Papers set at the Examination for Leaving Certificates, 1889
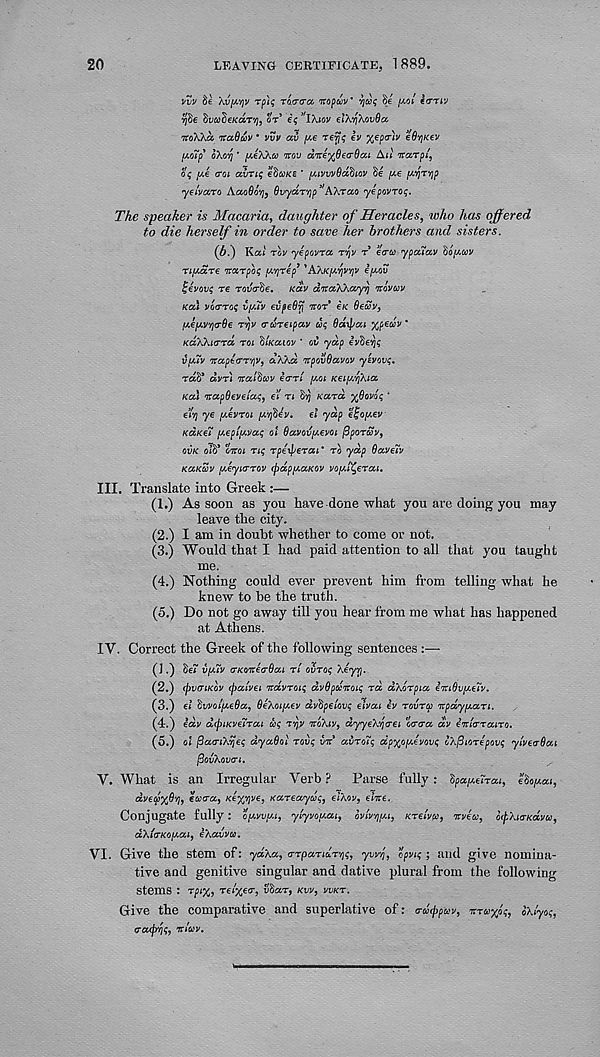
20
LEAVING CERTIFICATE, 1889.
vvv
\v[A.v)v rph; roctra Tropaiv’ Y]a<; he fiot €<TTIV
Yjhe hvaSexaT'/), or e$ 3 'lXiov elKYjKovOcc
TToXXa 'Ttaduv * vvv av pe rer^q ev %€p<T)v eOvjKev
fioTp* 0X007 ’ /x-eXXw vrov aTtey^Oea-Sai Au TtaTpi',
oq pe MI avnq ehcoKt * [MvvvBdhiov Se /xe ^ryjp
yei'vccro AaoSoy, Ovydryp
31 kXraa yepovroq.
The speaker is Macaria, daughter of Heracles, who has offered
to die herself in order to save her brothers and sisters.
(b.) Kai rov yepovrcc ryv r ecru ypdictv hopav
TifAare nocrpoq ^rep 1 'AX/c/xo^v e/xou
Iqevovq re rov<rhe. KCLV aTraWayr} irovav
KOU vocrroq vfiv evpeOvj TTOT* €K Bewv,
[A€[/.v'/)<T6e TY}V (rureipav uq Odypcci xpeuv *
KaWia-rd roi hiKaLov * ov yap ivhevjq
v/xiv ivctptcrT'/jV, aXXoc npovOavov yevovq.
raS* dvr) nodhcov icrri [AQI Kety^Xia
KCU itctpOeveiaq, el n So) Kara yfiovoq *
6107 ye i^evroi [Ayhdv. et ydp eljofAev
KdKei peptfAvaq ol OavovfAevoi flporuv,
OVK oTS* CITTOI nq rpeiperai ‘ TO ydp SaveTv
KaKcov [/.eyiirrov (pappaKov vofAi^erai.
III. Translate into Greek :—
(1.) As soon as you have done what you are doing you may
leave the city.
(2.) I am in doubt whether to come or not.
(3.) Would that I had paid attention to all that you taught
me.
(4.) Nothing could ever prevent him from telling what he
knew to be the truth.
(5.) Do not go away till you hear from me what has happened
at Athens.
IV. Correct the Greek of the following sentences :—
(].) Se? vfATv cTKQitecrOai ri ovroq Xeyvj.
(2.) (pvcriKov (palvei navroiq dvOpanoiq ra dXorpia eitiOv^elv.
(3.) el hwol^eBa, BeXoipev dvhpelovq elvai ev rovrcc 'irpay/jiari.
(4.) eav dfpiKveirai &<; Tfjv TTOXIV, ayyeXyirei 6o*<ra av iitlaraiTo.
(5.) ol fiao-i/.vleq dyaSol roi); in avToiq ay/yjyJvov^ G\(3IOT€pov$ yivetrOai
fiov'kovai.
V. What is an Irregular Verb?
Parse fully: 'Spay.uTai, eioyat,
dve<jlx6‘/i, eoiaa, Keffive, KaTeayciq, eiXov, fciVe.
Conjugate fully: opvv/u, ylyvoyai, ivlvriyi, KTelvfo, ocvea, otf-XiaKavu,
ccXicrKoyai, iXavvu.
VI. Give the stem of: yd\a, a-rpaTiuT^f, ywl\, ofvif; and give nomina-
tive and genitive singular and dative plural from the following
stems : Tfi%, rei'xeo-, SSar, KVV, VVKT.
Give the comparative and superlative of: a-dippav,
oXtyof,
g-acp'rif, itlav.